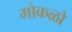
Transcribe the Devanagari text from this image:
मोकळो